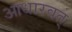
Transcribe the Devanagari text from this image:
आधारवत्